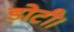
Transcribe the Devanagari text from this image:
डोटी।